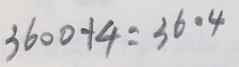
3 6 0 0 + 4 = 3 6 0 4